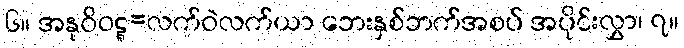
၆။ အနုဝိဝဋ္ဋ=လက်ဝဲလက်ယာ ဘေးနှစ်ဘက်အစပ် အပိုင်းလွှာ၊ ၇။